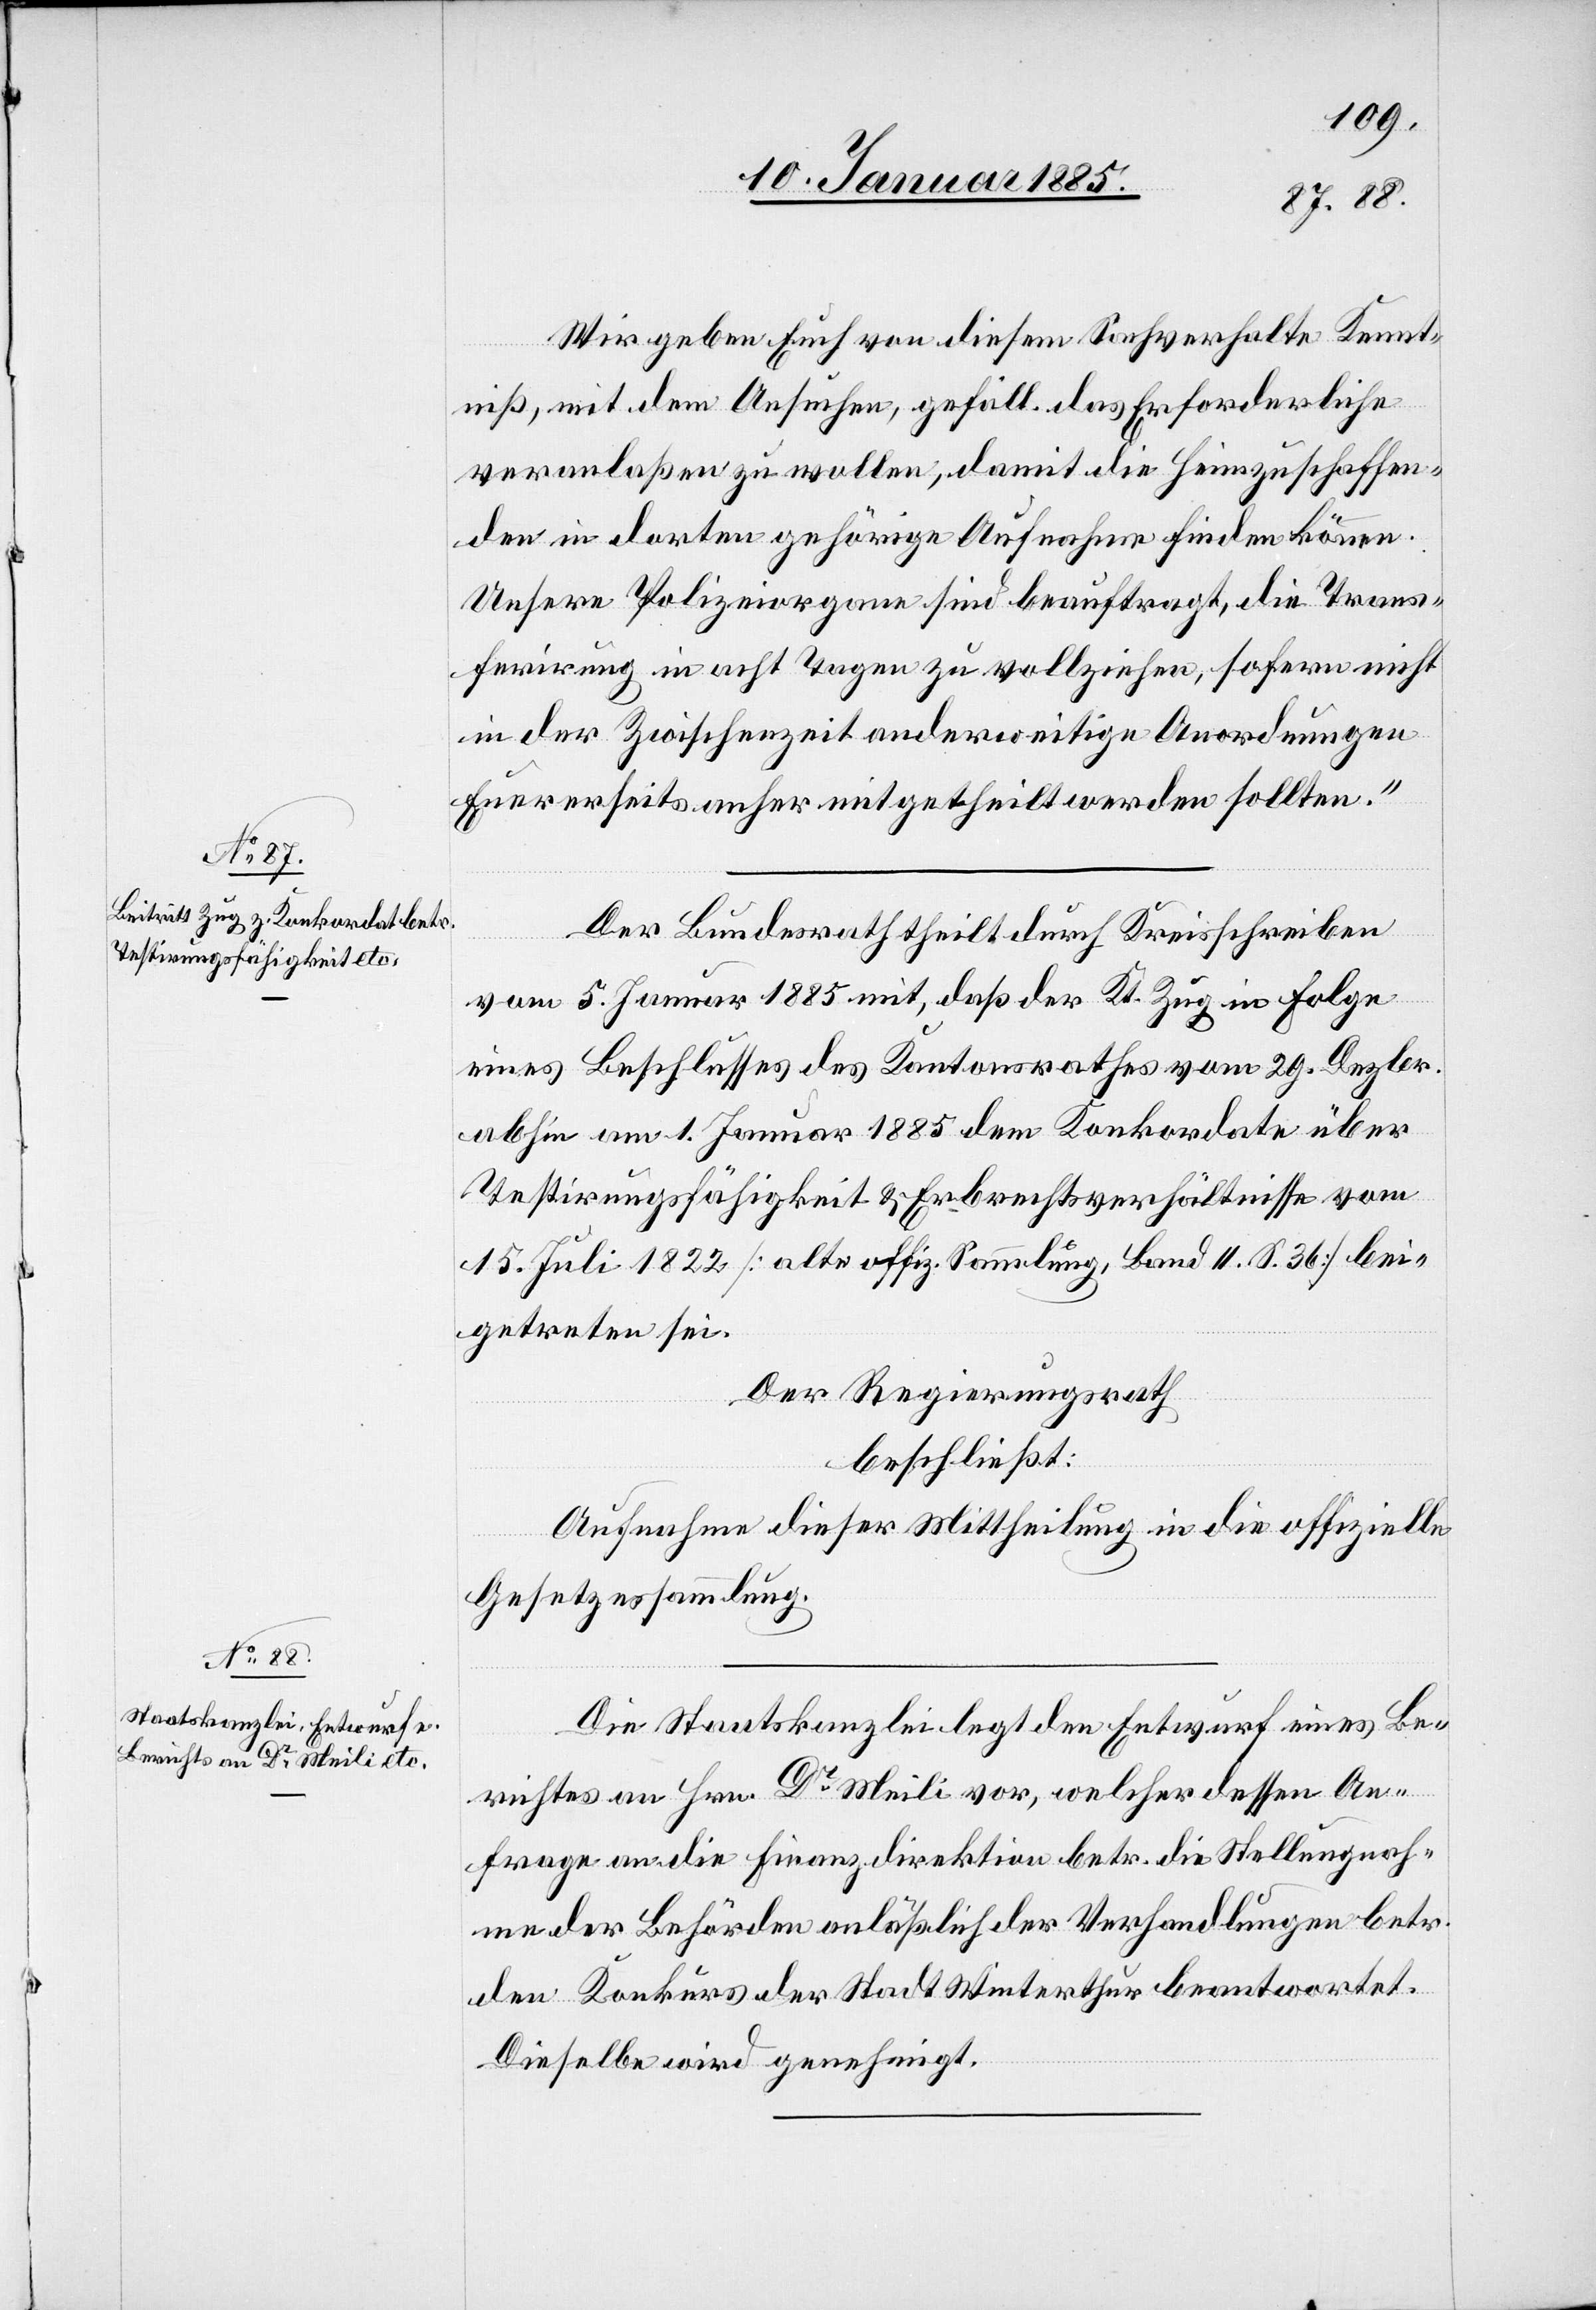
Wir geben Euch von diesem Sachverhalte Kennt¬
niß, mit dem Ansuchen, gefäll. das Erforderliche
veranlaßen zu wollen, damit die Heimzuschaffen¬
den in dorten gehörige Aufnahme finden können.
Unsere Polizeiorganen sind beauftragt, die Trans¬
ferirung in Acht Tagen zu vollziehen, sofern nicht
in der Zwischenzeit anderweitige Anordnungen
Eurerseits anher mitgetheilt werden sollten.“
Der Bundesrath theilt durch Kreisschreiben
vom 5. Januar 1885 mit, daß der Kt. Zug in Folge
eines Beschlusses des Kantonsrathes vom 29. Dezbr.
abhin am 1. Januar 1885 dem Konkordate über
Testirungsfähigkeit & Erbrechtsverhältnisse vom
15. Juli 1822 [alte offiz. Sammlung, Band II. S. 36] bei¬
getreten sei.
Der Regierungsrath,
beschließt:
Aufnahme dieser Mittheilung in die offizielle
Gesetzessammlung.
Die Staatskanzlei legt den Entwurf eines Be¬
richtes an Hrn. Dr Meili vor, welcher dessen An¬
frage an die Finanzdirektion betr. die Stellungnah¬
me der Behörden anläßlich der Verhandlungen betr.
den Konkurs der Stadt Winterthur beantwortet.
Dieselbe wird genehmigt.